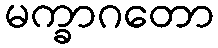
မက္ခာဂတော